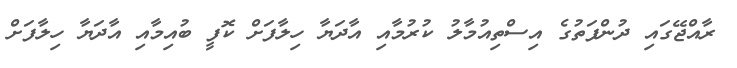
ރާއްޖޭގައި ދުންފަތުގެ އިސްތިއުމާލު ކުރުމާއި އާދަޔާ ހިލާފަށް ކޮފީ ބުއިމާއި އާދަޔާ ހިލާފަށް